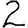
Digit: 2